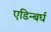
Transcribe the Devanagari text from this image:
एडिन्बर्घ